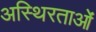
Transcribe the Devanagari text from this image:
अस्थिरताओं